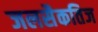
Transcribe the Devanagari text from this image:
जलसैकतिज